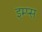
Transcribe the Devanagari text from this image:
इम्प्स